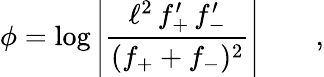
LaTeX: \phi=\log\left\vert\frac{\ell^{2}\, f_{+}^{\prime}\, f_{-}^{\prime}}{(f_{+}+f_{-})^{2}}\right\vert\qquad,